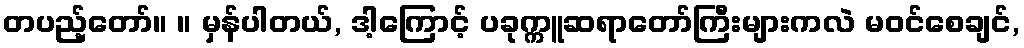
တပည့်တော်။ ။ မှန်ပါတယ်, ဒါ့ကြောင့် ပခုက္ကူဆရာတော်ကြီးများကလဲ မဝင်စေချင်,